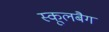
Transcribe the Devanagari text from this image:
स्कूलबैग